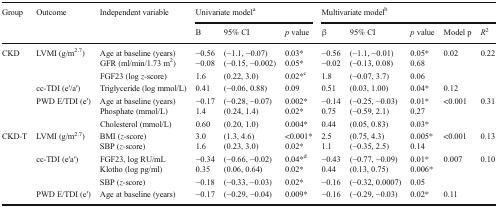
<table><thead><tr><td rowspan="2"><b>Group</b></td><td rowspan="2"><b>Outcome</b></td><td rowspan="2"><b>Independent variable</b></td><td colspan="3"><b>Univariate model<sup>a</sup></b></td><td colspan="5"><b>Multivariate model<sup>b</sup></b></td></tr><tr><td><b>Β</b></td><td><b>95% CI</b></td><td><b><i>p</i> value</b></td><td><b>β</b></td><td><b>95% CI</b></td><td><b><i>p</i> value</b></td><td><b>Model p</b></td><td><b><i>R</i><sup>2</sup></b></td></tr></thead><tbody><tr><td rowspan="7">CKD</td><td rowspan="3">LVMI (g/m<sup>2.7</sup>)</td><td>Age at baseline (years)</td><td>−0.56</td><td>(−1.1, −0.07)</td><td>0.03*</td><td>−0.56</td><td>(−1.1, −0.01)</td><td>0.05*</td><td rowspan="3">0.02</td><td rowspan="3">0.22</td></tr><tr><td>GFR (ml/min/1.73 m<sup>2</sup>)</td><td>−0.08</td><td>(−0.15, −0.002)</td><td>0.05*</td><td>−0.02</td><td>(−0.13, 0.08)</td><td>0.68</td></tr><tr><td>FGF23 (log <i>z</i>-score)</td><td>1.6</td><td>(0.22, 3.0)</td><td>0.02*<sup>c</sup></td><td>1.8</td><td>(−0.07, 3.7)</td><td>0.06</td></tr><tr><td>cc-TDI (e′/a′)</td><td>Triglyceride (log mmol/L)</td><td>0.41</td><td>(−0.06, 0.88)</td><td>0.09</td><td>0.51</td><td>(0.03, 1.00)</td><td>0.04*</td><td>0.12</td><td></td></tr><tr><td rowspan="3">PWD E/TDI (e′)</td><td>Age at baseline (years)</td><td>−0.17</td><td>(−0.28, −0.07)</td><td>0.002*</td><td>−0.14</td><td>(−0.25, −0.03)</td><td>0.01*</td><td rowspan="3">&lt;0.001</td><td rowspan="3">0.31</td></tr><tr><td>Phosphate (mmol/L)</td><td>1.4</td><td>(0.24, 1.4)</td><td>0.02*</td><td>0.75</td><td>(−0.59, 2.1)</td><td>0.27</td></tr><tr><td>Cholesterol (mmol/L)</td><td>0.60</td><td>(0.20, 1.0)</td><td>0.004*</td><td>0.44</td><td>(0.05, 0.83)</td><td>0.03*</td></tr><tr><td rowspan="6">CKD-T</td><td rowspan="2">LVMI (g/m<sup>2.7</sup>)</td><td>BMI (<i>z-</i>score)</td><td>3.0</td><td>(1.3, 4.6)</td><td>&lt;0.001*</td><td>2.5</td><td>(0.75, 4.3)</td><td>0.005*</td><td rowspan="2">&lt;0.001</td><td rowspan="2">0.13</td></tr><tr><td>SBP (<i>z</i>-score)</td><td>1.6</td><td>(0.23, 3.0)</td><td>0.02*</td><td>1.1</td><td>(−0.35, 2.5)</td><td>0.14</td></tr><tr><td rowspan="3">cc-TDI (e′a′)</td><td>FGF23, log RU/mL</td><td>−0.34</td><td>(−0.66, −0.02)</td><td>0.04*<sup>d</sup></td><td>−0.43</td><td>(−0.77, −0.09)</td><td>0.01*</td><td rowspan="3">0.007</td><td rowspan="3">0.10</td></tr><tr><td>Klotho (log pg/ml)</td><td>0.35</td><td>(0.06, 0.64)</td><td>0.02*</td><td>0.44</td><td>(0.13, 0.75)</td><td>0.006*</td></tr><tr><td>SBP (<i>z</i>-score)</td><td>−0.18</td><td>(−0.33, −0.03)</td><td>0.02*</td><td>−0.16</td><td>(−0.32, 0.0007)</td><td>0.05</td></tr><tr><td>PWD E/TDI (e′)</td><td>Age at baseline (years)</td><td>−0.17</td><td>(−0.29, −0.04)</td><td>0.009*</td><td>−0.16</td><td>(−0.29, −0.03)</td><td>0.02*</td><td>0.11</td><td></td></tr></tbody></table>